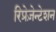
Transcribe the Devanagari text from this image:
रिप्रेज़ेन्टेशन